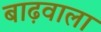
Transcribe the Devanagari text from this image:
बाढ़वाला